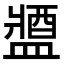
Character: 𨡰